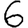
Digit: 6